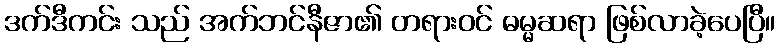
ဒက်ဒီကင်း သည် အက်ဘင်နီဇာ၏ တရားဝင် ဓမ္မဆရာ ဖြစ်လာခဲ့ပေပြီ။